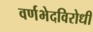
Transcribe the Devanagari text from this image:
वर्णभेदविरोधी